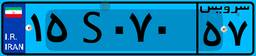
۶۴S۴۷۱۹۸